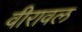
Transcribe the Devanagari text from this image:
वीरावल